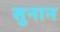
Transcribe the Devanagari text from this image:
सुनान